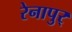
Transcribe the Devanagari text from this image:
रेनापुर्